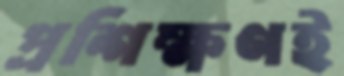
প্রশিক্ষণই